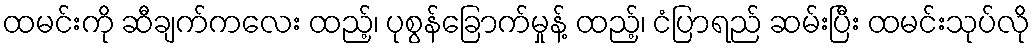
ထမင်းကို ဆီချက်ကလေး ထည့်၊ ပုစွန်ခြောက်မှုန့် ထည့်၊ ငံပြာရည် ဆမ်းပြီး ထမင်းသုပ်လို